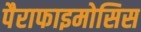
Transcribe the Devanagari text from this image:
पैराफाइमोसिस